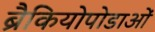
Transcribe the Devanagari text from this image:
ब्रैकियोपोडाओं